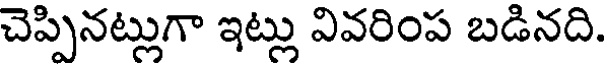
చెప్పినట్లుగా ఇట్లు వివరింప బడినది.